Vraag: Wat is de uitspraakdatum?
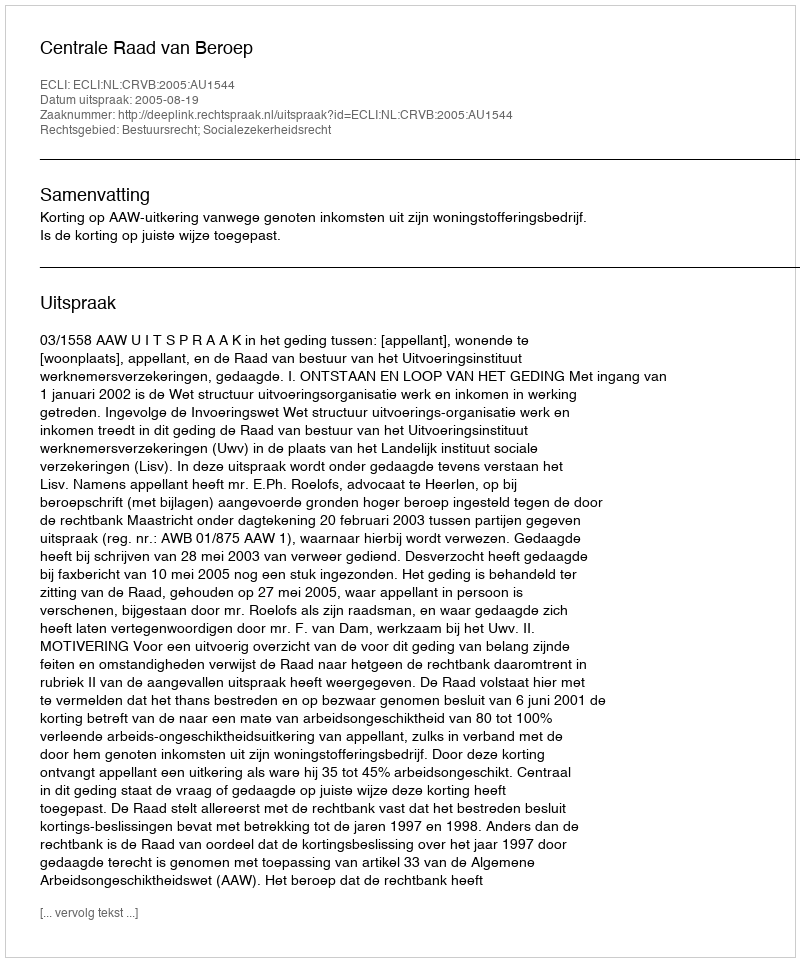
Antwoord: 2005-08-19